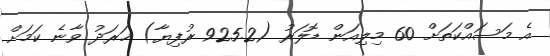
އެ މަސައްކަތަށް 60 މިލިއަން ޑޮލަރު (925.2 ރުފިޔާ) ޚަރަދު ވާނެ ކަމަށް